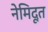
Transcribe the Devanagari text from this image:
नेमिदूत